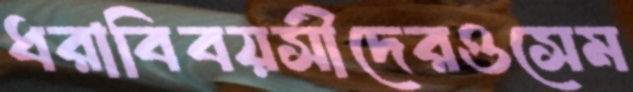
ধরাবিবয়সীদেরওসেম